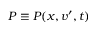
P \equiv P ( \boldsymbol { x } , \boldsymbol { v ^ { \prime } } , t )